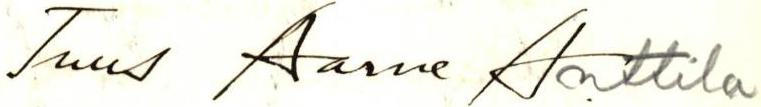
Tuus Aarne Anttila